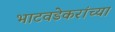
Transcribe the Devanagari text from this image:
भाटवडेकरांच्या